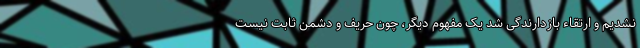
نشدیم و ارتقاء بازدارندگی شد یک مفهوم دیگر، چون حریف و دشمن ثابت نیست